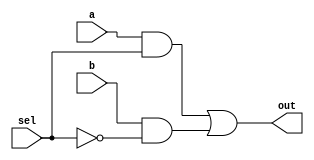

//D - 1 bit wide mux from generic gates

module mux1_2(a, b, sel, out);
	
	input a,b; // a and be are 1 bit
	input sel; // sel is 1 bit
	output out; // output is 1 bit
	
	wire and1_o, and2_o, or_o, not_o; // declaring temporary outputs for the gates
	
	and(and1_o,a,sel); // and(out,inA,inB) - getting a if sel = 1
	and(and2_o,b,not_o); // and(out,inA,inB) - getting b if !sel (sel=0)
	not(not_o,sel); // not(out,in) - turning sel to !sel (=0)
	or(out,and1_o,and2_o); // or(out,inA,inB) - getting a or b due to sel's value (a if sel=1, b if sel=0)
	
endmodule